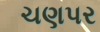
ચણપર